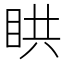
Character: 䀧